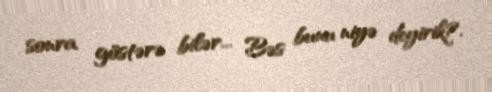
sonra göstərə bilər... Bəs bunu niyə deyirik?.